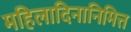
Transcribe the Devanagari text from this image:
महिलादिनानिमित्त